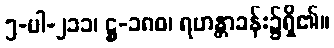
၅-ပါ-၂၁၁၊ ဋ္ဌ-၁၈၀၊ ရဟန္တာခန်း၌ရှိ၏။